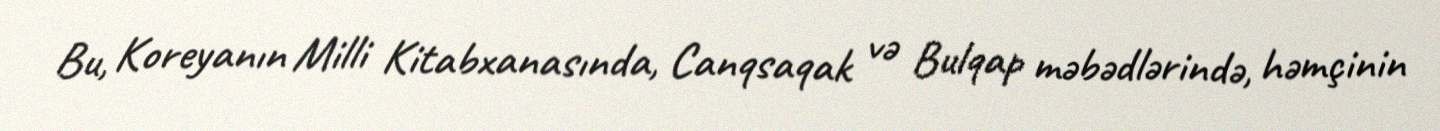
Bu, Koreyanın Milli Kitabxanasında, Canqsaqak və Bulqap məbədlərində, həmçinin